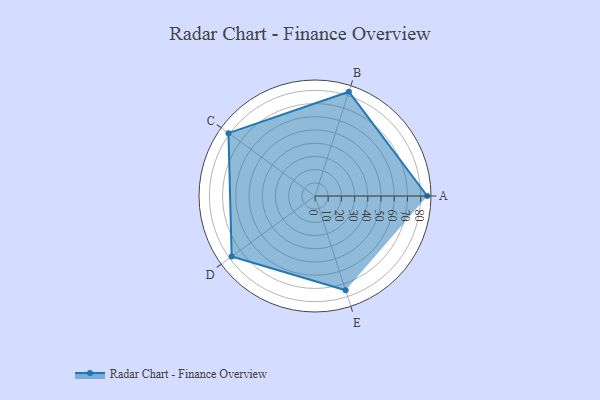
{"axis": {"x": "Skill", "y": "Score"}, "legend": ["Profile"], "data": [{"x": "A", "y": 85.0, "type": "Profile"}, {"x": "B", "y": 83.0, "type": "Profile"}, {"x": "C", "y": 81.0, "type": "Profile"}, {"x": "D", "y": 78.0, "type": "Profile"}, {"x": "E", "y": 75.0, "type": "Profile"}]}